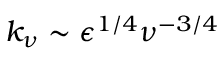
k _ { \nu } \sim \epsilon ^ { 1 / 4 } \nu ^ { - 3 / 4 }